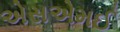
એસએમઈ